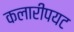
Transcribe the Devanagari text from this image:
कलारीपयट